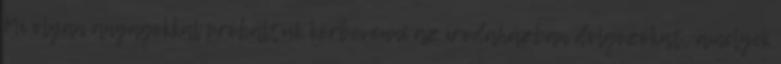
Mi olyan anyagokkal próbáltuk körbevenni az irodaházban dolgozókat, amelyek